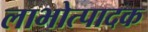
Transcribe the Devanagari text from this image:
लाभोत्पादक